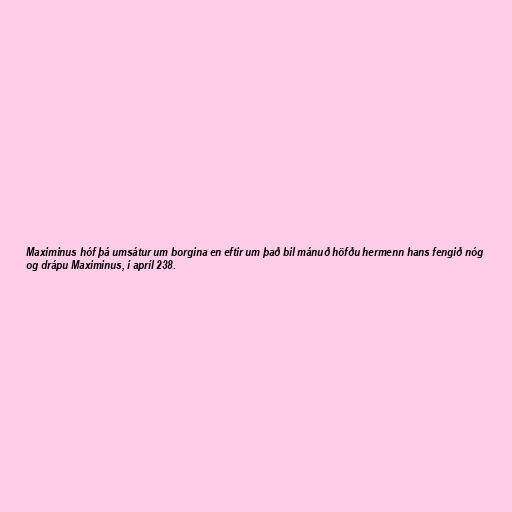
Maximinus hóf þá umsátur um borgina en eftir um það bil mánuð höfðu hermenn hans fengið nóg
og drápu Maximinus, í apríl 238.